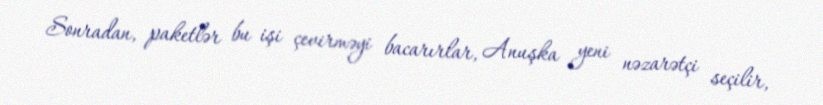
Sonradan, paketlər bu işi çevirməyi bacarırlar, Anuşka yeni nəzarətçi seçilir,